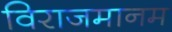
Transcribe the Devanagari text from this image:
विराजमानम